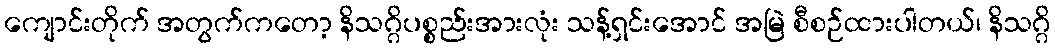
ကျောင်းတိုက် အတွက်ကတော့ နိသဂ္ဂိပစ္စည်းအားလုံး သန့်ရှင်းအောင် အမြဲ စီစဉ်ထားပါတယ်၊ နိသဂ္ဂိ